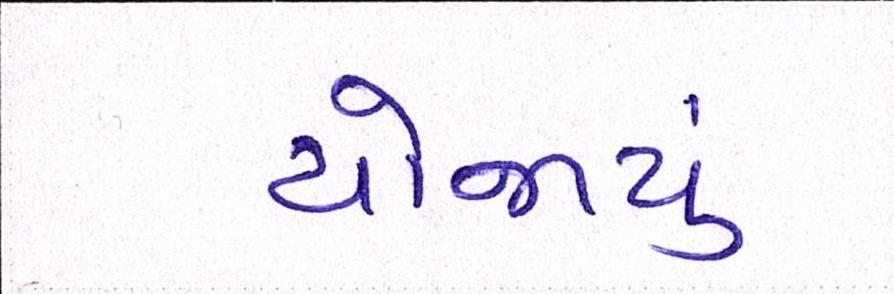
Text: યોજાયું